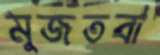
মুজতবা